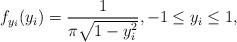
LaTeX: \begin{align*}f_{y_{i}}(y_{i}) = \frac{1}{\pi \sqrt{1-y_{i}^{2}}}, -1 \leq y_{i} \leq 1,\end{align*}